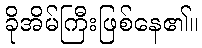
ခိုအိမ်ကြီးဖြစ်နေ၏။